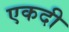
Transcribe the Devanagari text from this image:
एकदी